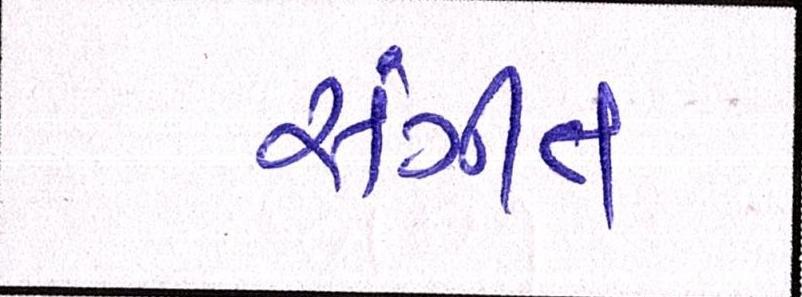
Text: સંગીત